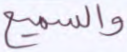
والسميع